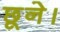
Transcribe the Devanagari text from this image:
छूने।